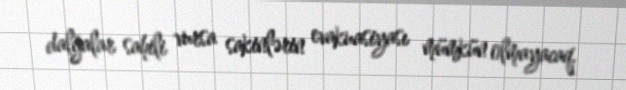
dalğalar sahili vursa sakinlərin evakuasiyası mümkün olmayacaq.